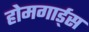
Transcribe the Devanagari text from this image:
होमगार्ड्‌स